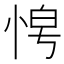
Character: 𭜿